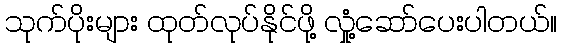
သုက်ပိုးများ ထုတ်လုပ်နိုင်ဖို့ လှုံ့ဆော်ပေးပါတယ်။